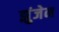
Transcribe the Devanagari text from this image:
झुंजेन